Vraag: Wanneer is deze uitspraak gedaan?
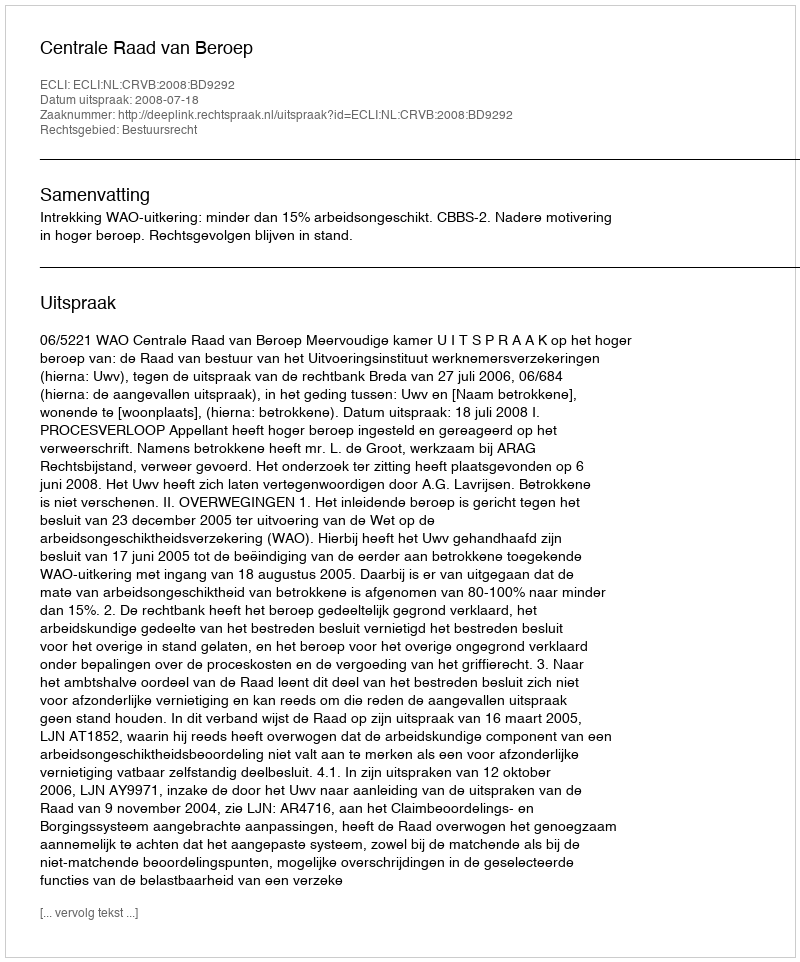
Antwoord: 2008-07-18